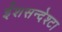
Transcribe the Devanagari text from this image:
ईशसन्देश्टा